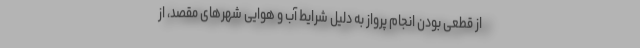
از قطعی بودن انجام پرواز به دلیل شرایط آب و هوایی شهرهای مقصد، از